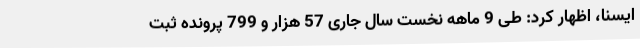
ایسنا، اظهار کرد: طی 9 ماهه نخست سال جاری 57 هزار و 799 پرونده ثبت